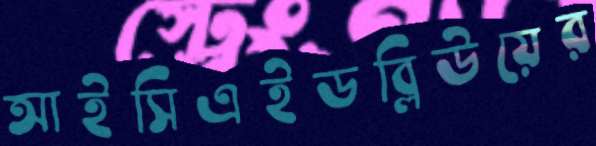
আইসিএইডব্লিউয়ের